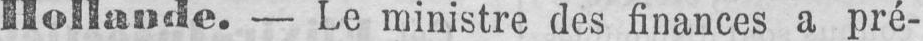
Hollande. - Le ministre des finances a pré-